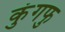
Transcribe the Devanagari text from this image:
कुंगफु